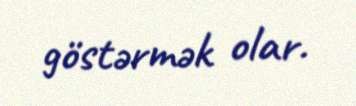
göstərmək olar.